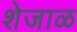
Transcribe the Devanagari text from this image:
शेजाळ